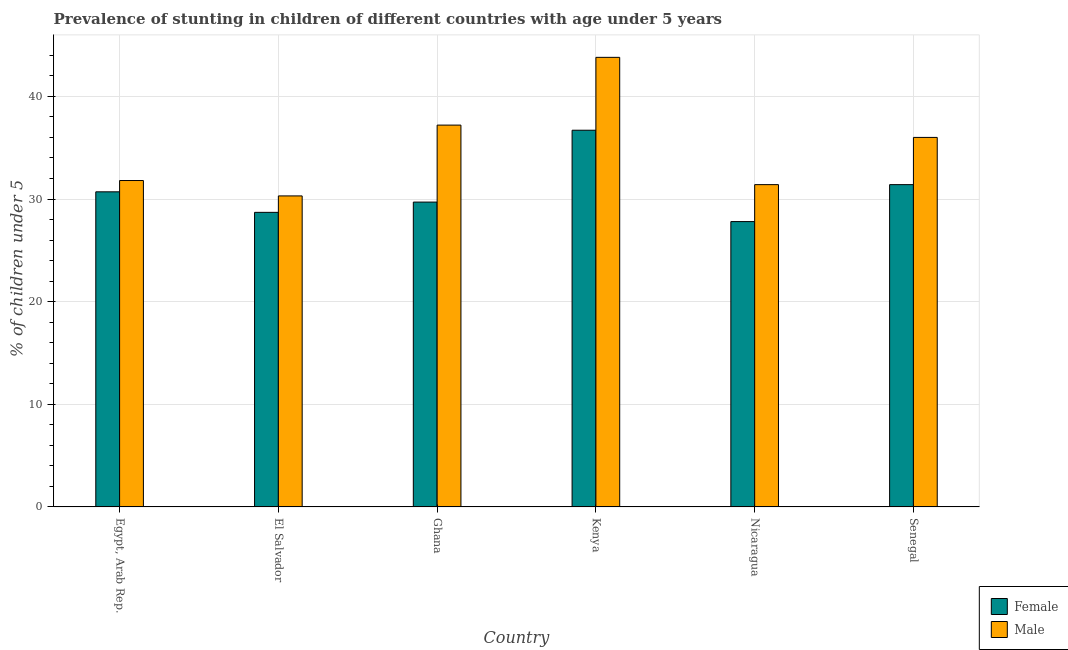
| Country | Female | Male |
 | --- | --- | --- |
 | Egypt, Arab Rep. | 30.7 | 31.8 |
 | El Salvador | 28.7 | 30.3 |
 | Ghana | 29.7 | 37.2 |
 | Kenya | 36.7 | 43.8 |
 | Nicaragua | 27.8 | 31.4 |
 | Senegal | 31.4 | 36 |